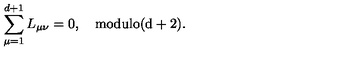
\sum _ { \mu = 1 } ^ { d + 1 } L _ { \mu \nu } = 0 , \quad \mathrm { m o d u l o ( d + 2 ) } .